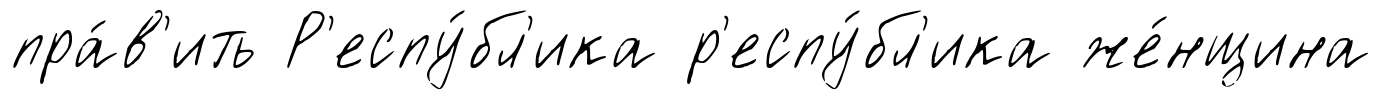
пра́в'ить Р'еспу́бл'ика р'еспу́бл'ика же́нщина